Report on inoculation in the plague infected areas of the Punjab and its dependencies from October 1900 to September 1901
Year: 1900
Disease focus: Plague
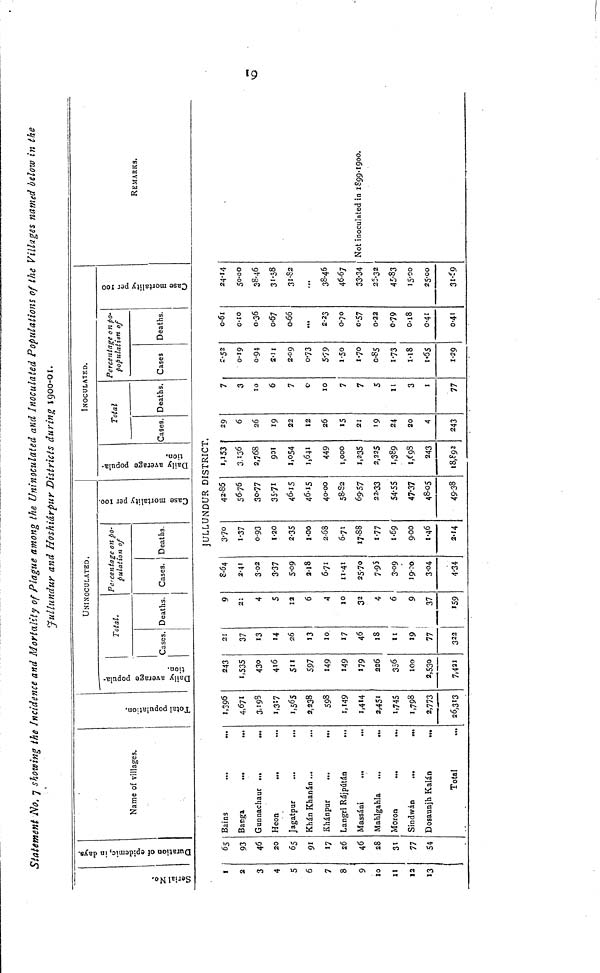
19
Statement No. 7 showing the Incidence and Mortality of Plague among the Uninoculated and Inoculated Populations of the Villages named below in the
Jullundur and Hoshidrpur Districts during 1900-01.
Serial No. Duration of epidemic, in days.
Name of villages.
Total population.
UNINOCULATED.
Daily average popula-
tion.
Total.
Cases. Deaths.
Percentage on po-
pulation of
Cases. Deaths
Case mortality per 100.
INOCULATED.
Daily average popula-
tion.
Total
Cases, Deaths.
Percentage on po-
populat
Cases
ion of
Deaths.
Case mortality per 100
REMARKS.
JULLUNDUR DISTRICT.
I
2
3
4
5
6
7
8
9
10
II
12
13
65
93
46
20
65
91
17
26
46
28
31
77
54
Bains
...
.,.
Banga
Gunnachaur ...
Heon
...
Jagatpur
...
...
Khán Khanán ...
Khánpur
...
...
Langri Rájpútán
...
Massáni
...
..,
Mahlgahla
...
...
Moron
Sindwán
...
...
Dosaunjh Kalán
...
Total
1,396
4,671
3,198
1,317
1,565
2,238
598
1,149
1,414
2,451
1,745
1,798
2,773
26,313
243
1,535
430
416
5"
597
149
149
179
226
356
100
2,530
7,421
21
37
13
14
26
13
10
17
46
18
11
19
77
322
9
21
4
5
12
6
A
10
32
4
6
9
37
159
8 64
2 41
3 02
3 37
5 09
2 18
6 71
11 41
25 70
7.95
3 09
19 00
3.04
4 34
3.70
1 37
0 93
1 20
2 35
1 00
2.68
6 71
17 88
1 77
1 69
9 00
1 46
2 14
42 86
56 76
30 77
35 71
46 15
46 15
40 00
58 82
69 57
22 33
54 55
47 37
48 05
49 38
1,153
3,136
2,768
901
1,054
1,641
449
1,000
1,235
2,225
1,389
1,698
243
18,892
29
6
26
19
22
12
26
15
21
19
24
20
4
243
7
3
10
6
7
0
10
7
7
5
11
3
1
77
2 52
0 19
0 94
2 11
2 09
0 73
5 79
1 50
1 70
0 85
1 73
1 18
1 55
1 29
0 61
0 10
0 36
0 67
0 66
...
2 23
0 70
0 57
0 22
0 79
0 18
0 41
0 41
24 14
50 00
38 46
31 58
31 82
...
38 46
46 67
33 34
25 32
45 83
15 00
25 00
31 69
Not inoculated in 1899-1900.